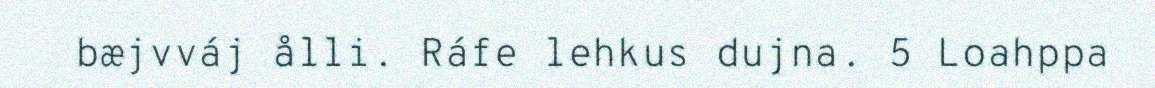
bæjvváj ålli. Ráfe lehkus dujna. 5 Loahppa